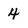
Character: 4